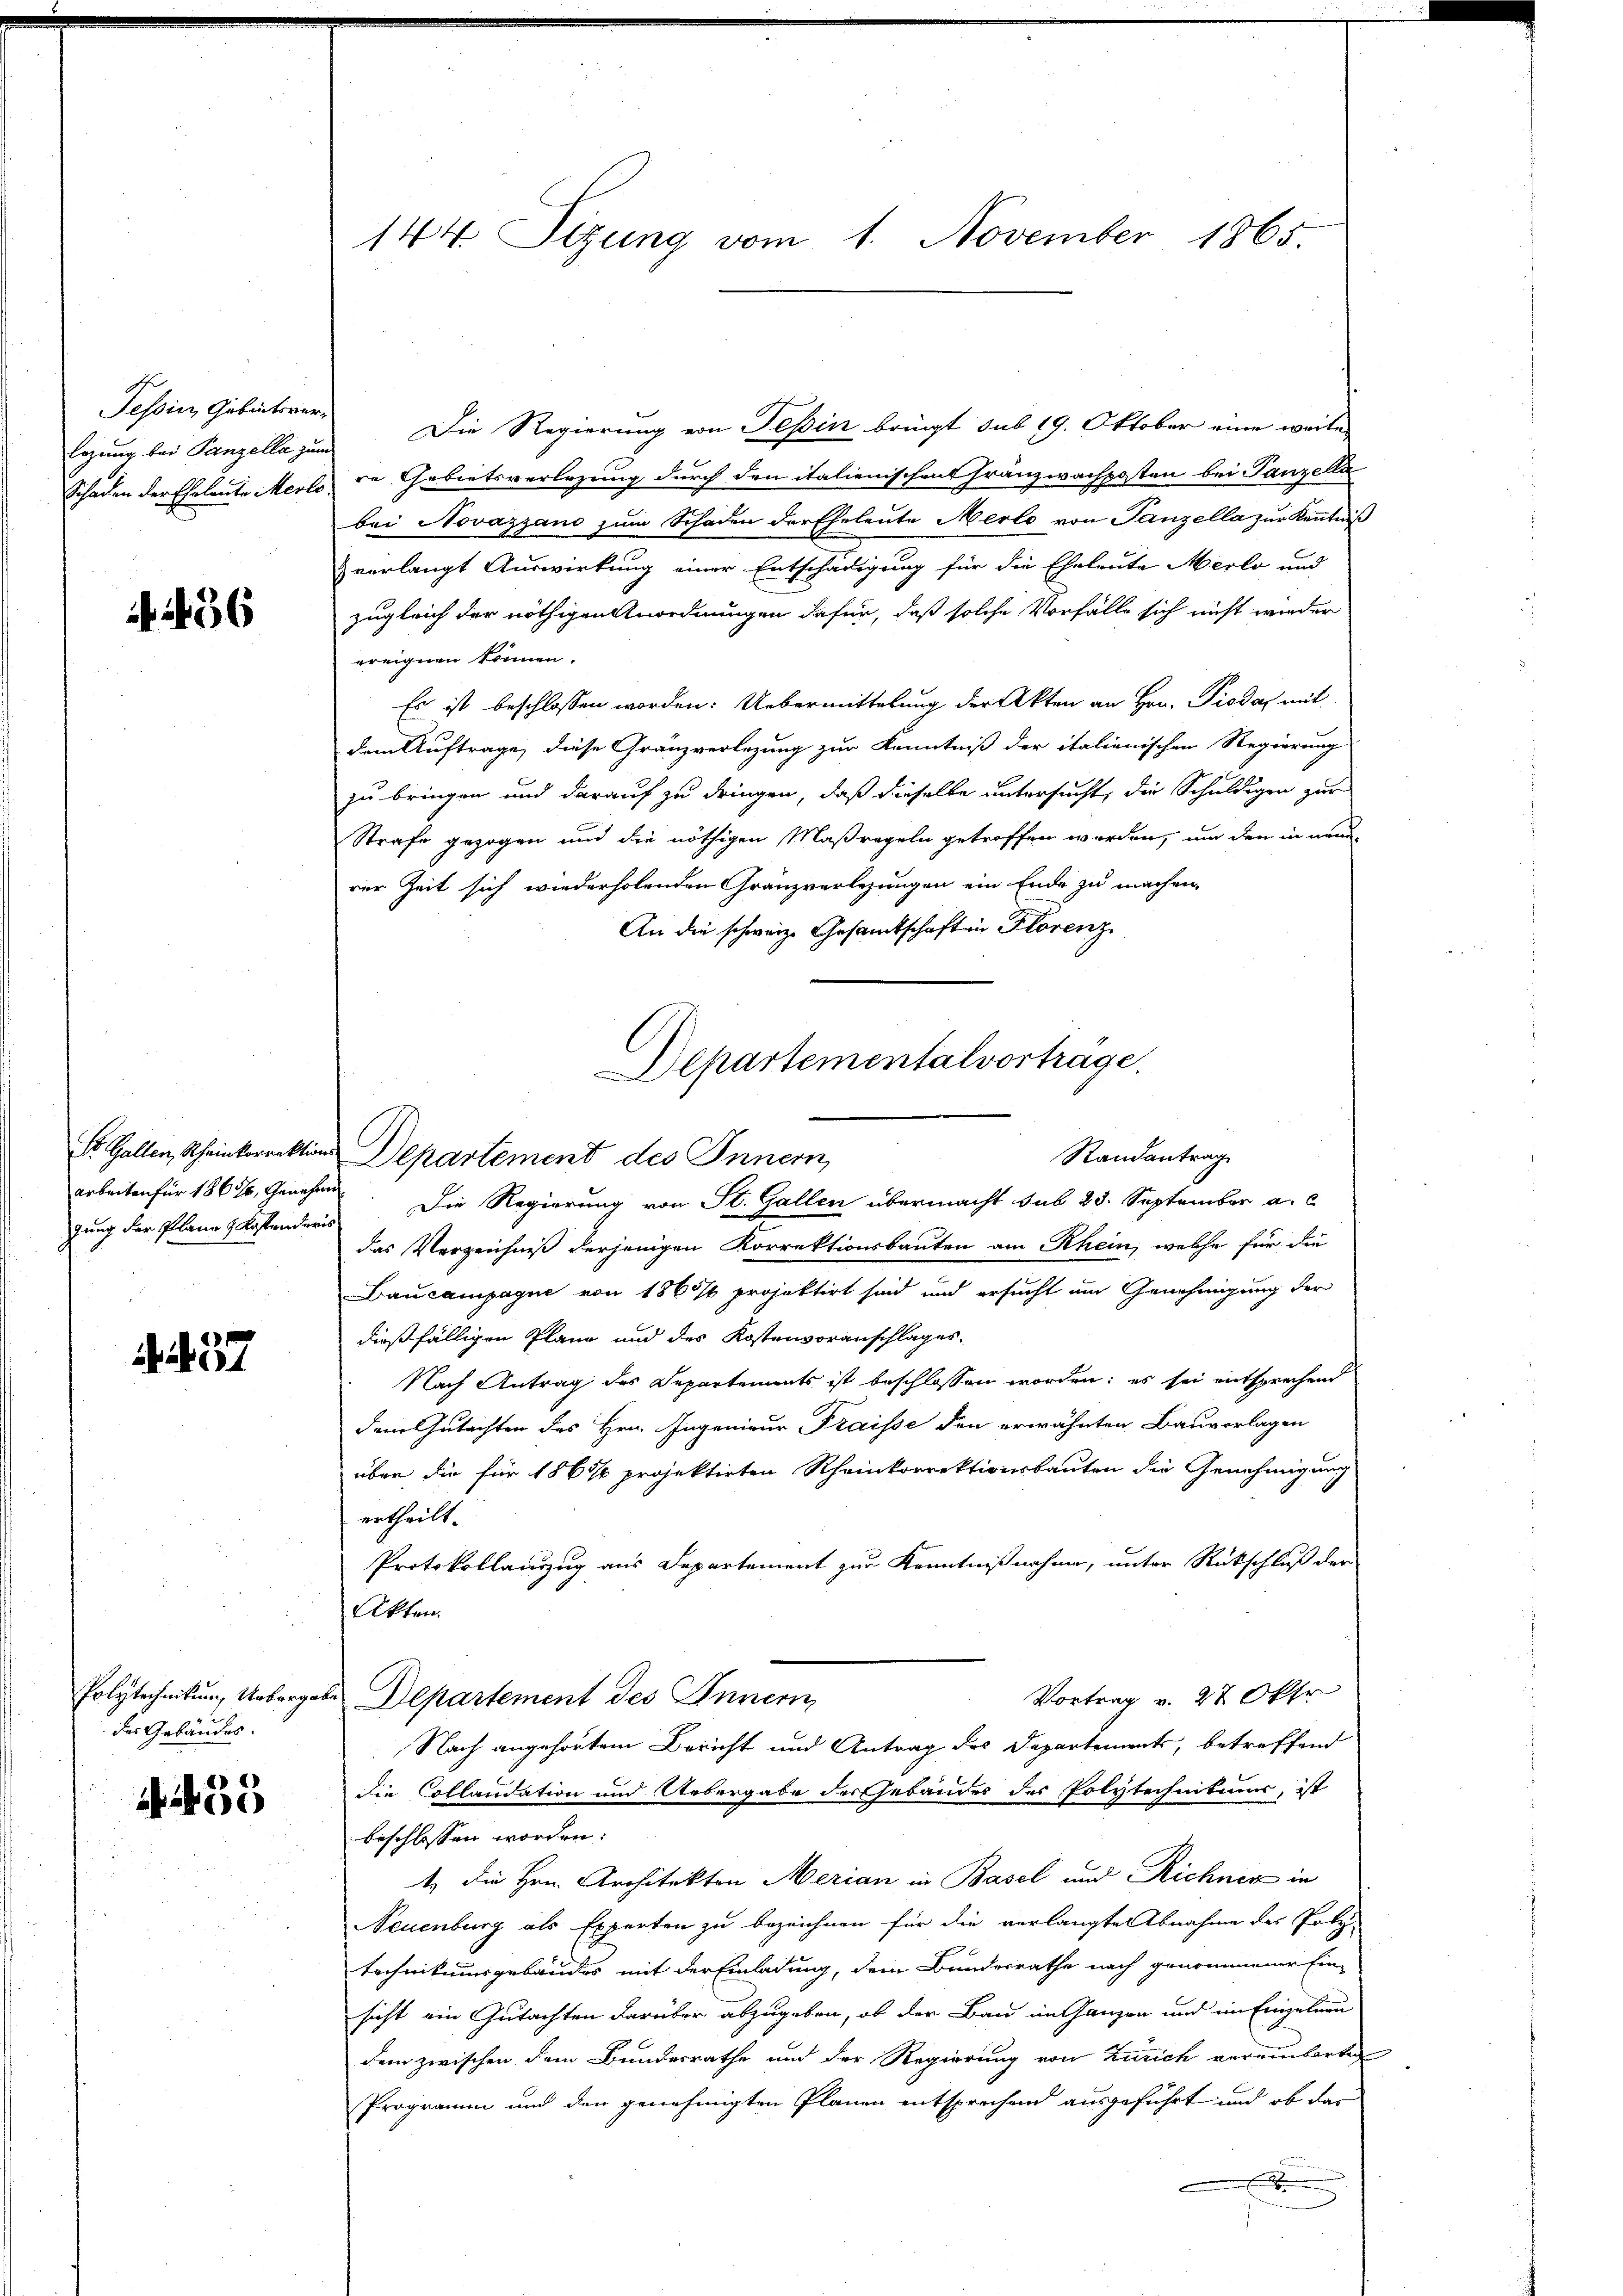
Tessin, Geburtsverlezung bei Panzella zu
Schaden der Eheleute Merlo

436

St. Gallen, Scheinkorrektions-
arbeiten für 1865, Genehm
gung der Plane & Kostenderi

. . 37

Polytechnikum, Uebergabe
des Gebäudes.

55

144 Sizung vom 1. November 1865

Die Regierung von Tessin bringt sub 19. Oktober eine weite
re Gebietsverlegung durch den italienischen Franzwachposten bei Tanzella
bei Novazzand zum Schaden der Eheleute Merle von Tanzella zur Kenntniß
verlangt Auswirkung einer Entschädigung für die Eheleute Merlo und
zugleich der nöthigen Anordnungen dafür, daß solche Vorfälle sich nicht wieder
ereignen können.
Es ist beschlossen worden. Uebermittelung der Akten an Hrn. Pioda mit
dem Auftrage, diese Gränzverlegung zur Kenntniß der italienischen Regierung
zu bringen und darauf zu dringen, daß dieselbe untersucht, die Schuldigen zur
Strafe gezogen und die nöthigen Maßregeln getroffen worden, um den in neun
rer Zeit sich wiederholenden Gränzverlegungen ein Ende zu machen,
An die schweiz. Gesamtschaften Florenz
Die Regierung von St. Gallen übermacht sub 28. September a. c
das Verzeichniß derjenigen Korrektionsbauten am Rhein, welche für die
Baucampagne von 1867 projektirt sind und ersucht um Genehmigung der
dießfälligen Plane und des Kostenvoranschlages.
Nach Antrag des Departements ist beschlossen worden; es sei entsprechend
dem Gutachten des Hrn. Ingenieur Fraisse den erwähnten Bauvorlagen
über die für 1867 projektirten Rheinkorrektionsbauten die Genehmigung
ertheilt.
Protokollauszug aus Departement zur Kenntnißnahme, unter Rückschluß der
Akten.
Vortrag v. 27 Okt
Departement des Innern,
Nach angehörtem Bericht und Antrag des Departements, betreffend
die Collaudation und Uebergabe der Gebäudes des Polytechnikums, ist
beschlossen worden.
1. die Hrn. Architekten Merian in Basel und Richner in
Neuenburg als Experten zu bezeichnen für die verlangte Abnahme des Polytechnikumsgebäudes mit der Einladung, dem Bundesrathe nach genommener Ein-
sicht ein Gutachten darüber abzugeben, ob der Bau im Ganzen und im Einzelnen
dem zwischen dem Bundesrathe und der Regierung von Zürich vereinbarte
Programm und den genehmigten Planen entsprechend ausgeführt und ob das

Departementalvortrage.
Randantrag
Departement des Innern,